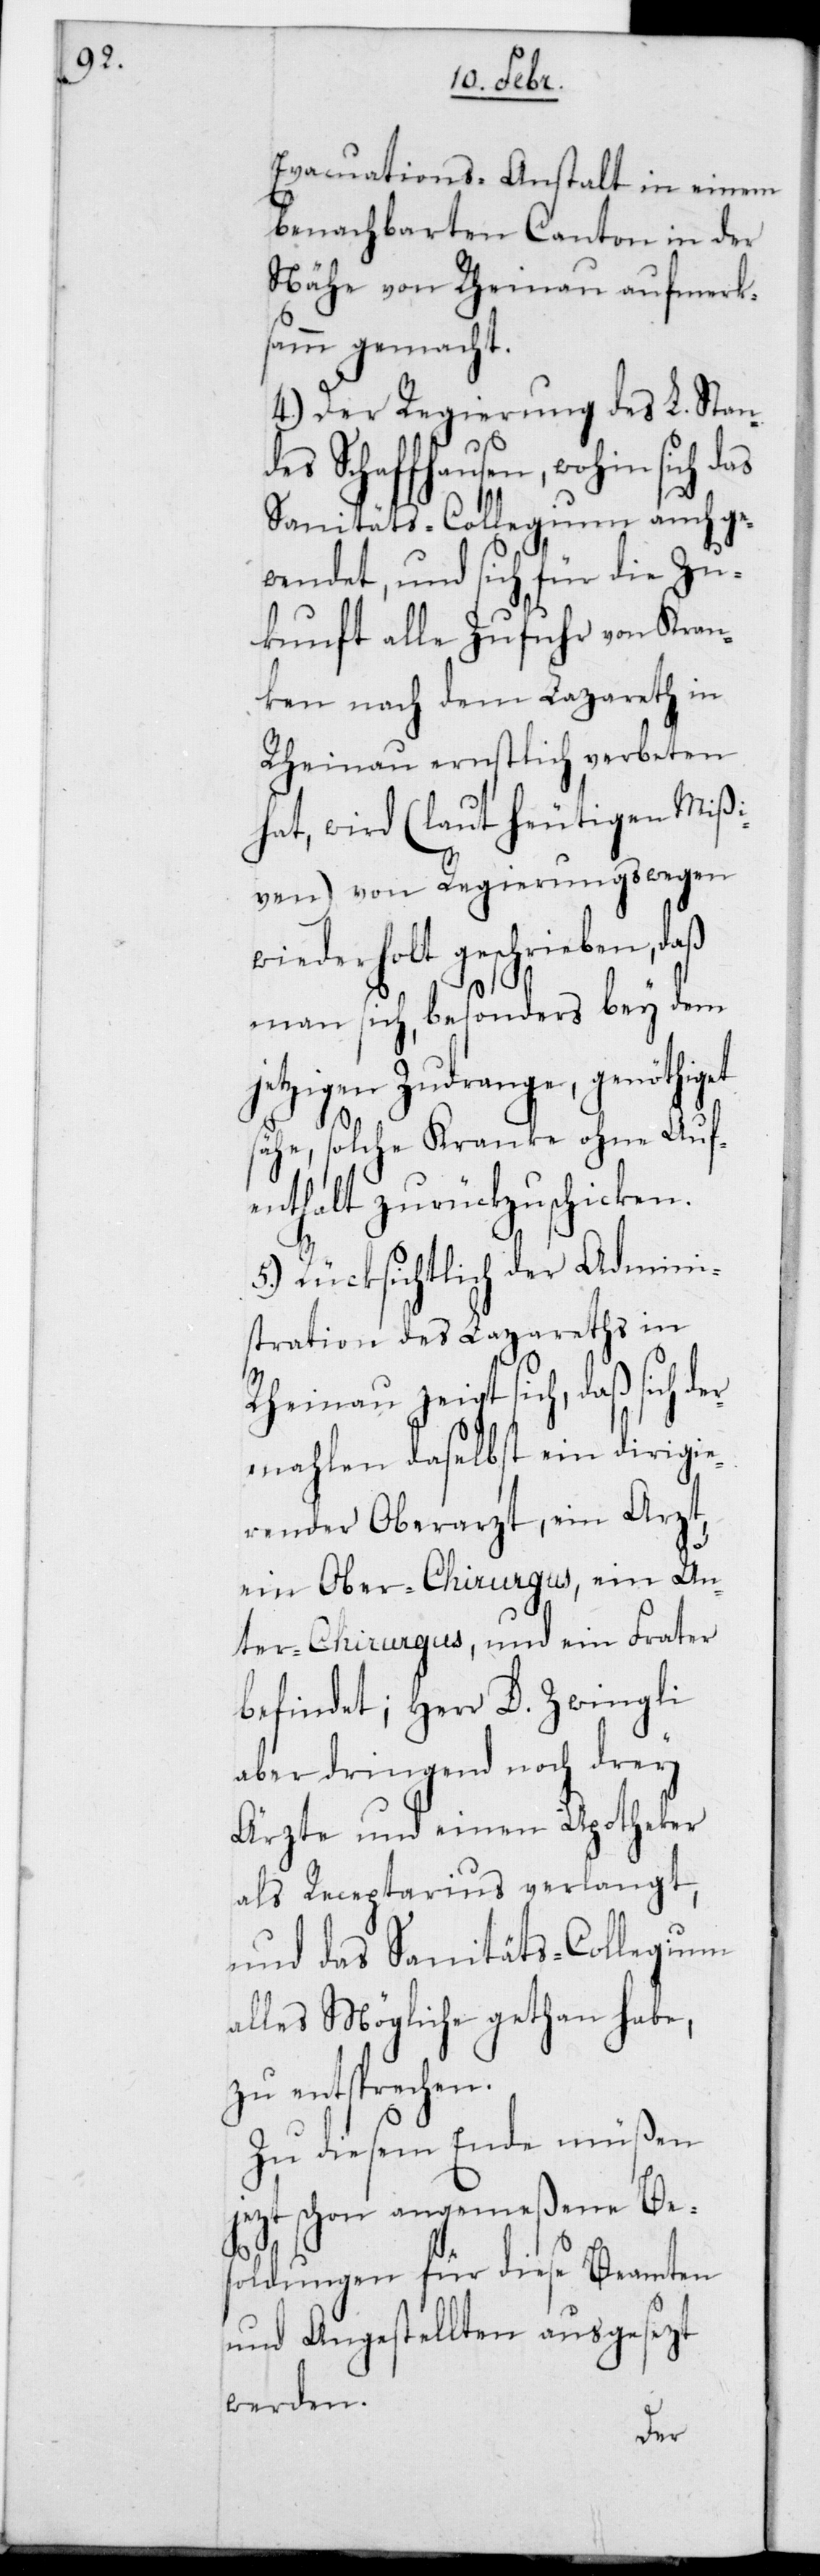
Evacuations-Anstalt in einem
benachbarten Canton in der
Nähe von Rheinau aufmerk¬
samm gemacht.
4.) Der Regierung des L. Stan¬
des Schaffhausen, wohin sich
Sanitäts-Collegium auch ge¬
wendet und sich für die Zu¬
kunft alle Zufuhr von Kran¬
ken nach dem Lazareth in
Rheinau ernstlich verbeten
hat, wird (laut heutigen Mißi¬
ven) von Regierungs wegen
wiederholt geschrieben, daß
man sich, besonders bey dem
jetzigen Zudrange, genöthiget
sähe, solche Kranke ohne Auf¬
enthalt zurückzuschicken.
5.) Rücksichtlich der Admini¬
stration des Lazareths in
Rheinau zeigt sich, daß sich d¬
ermahlen daselbst ein dirigie¬
render Oberarzt, ein Arzt,
ein Oberchirurgus, ein Un¬
terchirurgus, und ein Frather
befindet; Herr D. Zwingli
aber dringend noch drey
Ärzte und einen Apotheker
als Receptarius verlangt,
und das Sanitäts-Collegium
alles Mögliche gethan habe,
zu entsprechen.
Zu diesem Ende müßen
jetzt schon angemeßene Be¬
soldungen für diese Beamten
und Angestellten ausgesezt
werden.